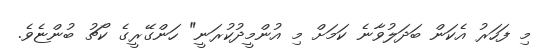
މި ފަހަރު އެކަން ބަދަލުވާނެ ކަމަށް މި އުންމީދުކުރަނީ" ހަންގޭރީގެ ކޯޗު ބުންޏެވެ.